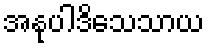
အနုပါဒိသေသာယ